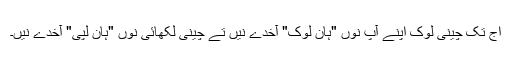
اج تک چینی لوک اپنے آپ نوں "ہان لوک" آخدے نیں تے چینی لکھائی نوں "ہان لپی" آخدے نيں۔